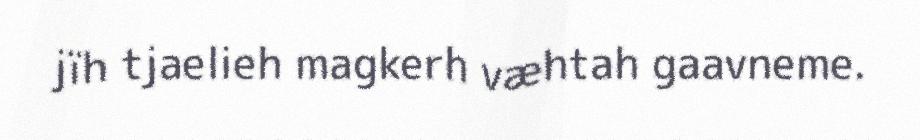
jïh tjaelieh magkerh væhtah gaavneme.